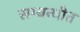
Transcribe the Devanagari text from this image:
सम्बन्धीत